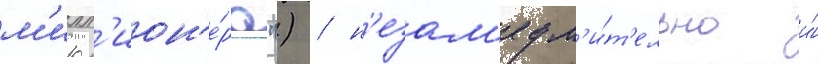
м'илл'ион'е́ра") / н'езам'едл'и́т'ельно и́